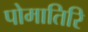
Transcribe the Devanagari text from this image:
पोमातिरि